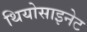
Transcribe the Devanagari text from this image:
थियोसाइनेट